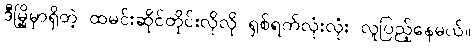
ဒီမြို့မှာရှိတဲ့ ထမင်းဆိုင်တိုင်းလိုလို ရှစ်ရက်လုံးလုံး လူပြည့်နေမယ်။